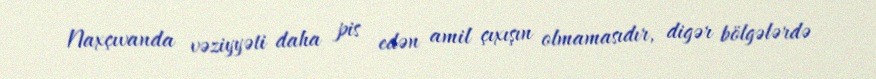
Naxçıvanda vəziyyəti daha pis edən amil çıxışın olmamasıdır, digər bölgələrdə